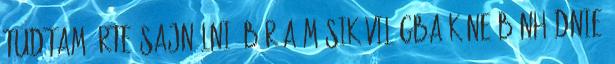
tudtam érte sajnálni, bár a másik világba kéne bűnhődnie